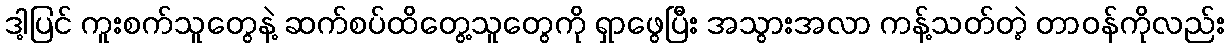
ဒါ့ပြင် ကူးစက်သူတွေနဲ့ ဆက်စပ်ထိတွေ့သူတွေကို ရှာဖွေပြီး အသွားအလာ ကန့်သတ်တဲ့ တာဝန်ကိုလည်း